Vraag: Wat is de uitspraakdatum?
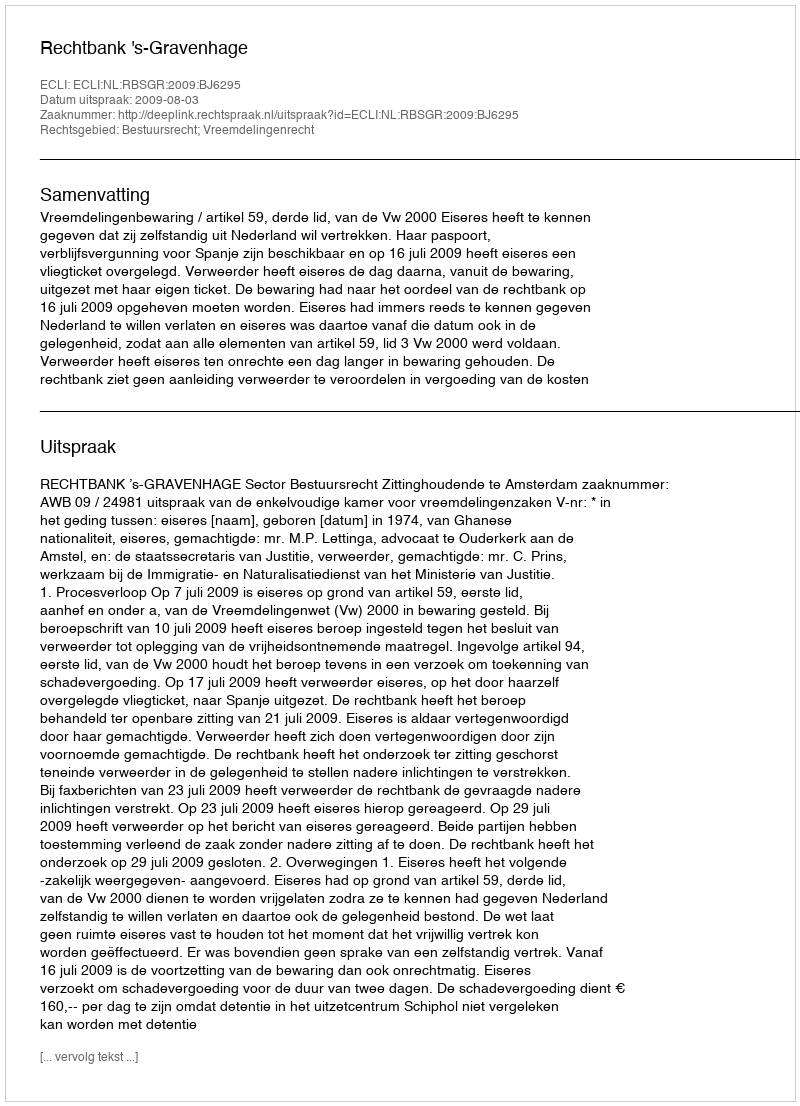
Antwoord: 2009-08-03